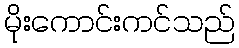
မိုးကောင်းကင်သည်